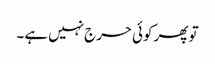
تو پھر کوئی حرج نہیں ہے۔